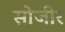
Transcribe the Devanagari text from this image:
सोजीर